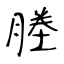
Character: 塍